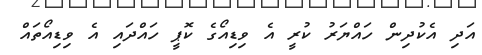
އަދި އެކުދިން ހައްޔަރު ކުރީ އެ ވިޑިއޯގެ ކޮޕީ ހައްދައި އެ ވިޑިއޯތައް